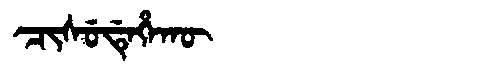
Manchu: ᠴᡳᠰᡠᡩᡝᡥᠠᡴᡡ
Romanization: CISUDEHAKŪ